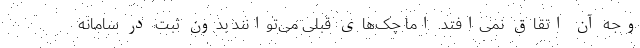
وجه آن اتقاق نمی‌افتد. اما چک‌های قبلی می‌توانند بدون ثبت در سامانه